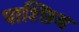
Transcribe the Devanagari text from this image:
पाश्छिम